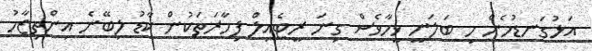
އަޅުގަނޑުމެން މި ބަލަނީ ވީހާވެސް ގިނަ ރީޓެއިލް ފިހާރަތަކުން ކާޑު ލިބޭނެ އިންތިޒާމު